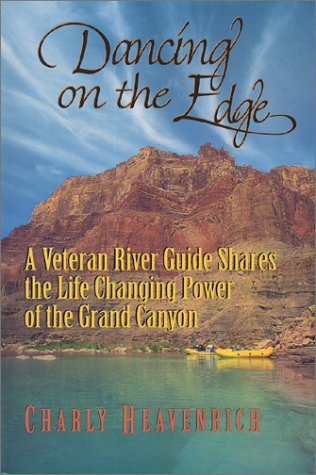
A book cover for Dancing on the Edge; Charly Heavenrich; Sports & Outdoors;